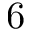
6